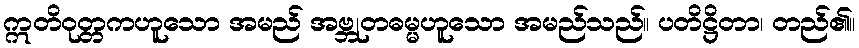
ဣတိဝုတ္တကဟူသော အမည် အဗ္ဘုတဓမ္မဟူသော အမည်သည်။ ပတိဋ္ဌိတာ၊ တည်၏။